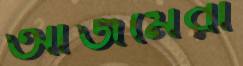
আজমেরী